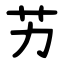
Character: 艻